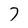
Character: 7